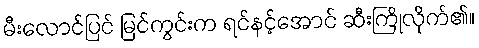
မီးလောင်ပြင် မြင်ကွင်းက ရင်နင့်အောင် ဆီးကြိုလိုက်၏။